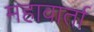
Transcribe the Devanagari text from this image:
महावार्ता